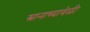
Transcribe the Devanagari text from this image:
स्नानाच्यावेळी